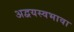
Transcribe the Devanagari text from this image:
अद्वयस्वभावा